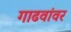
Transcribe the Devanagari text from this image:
गाढवांवर